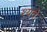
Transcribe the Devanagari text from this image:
श्यवे